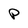
Character: P